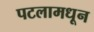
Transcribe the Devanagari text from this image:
पटलामधून